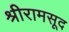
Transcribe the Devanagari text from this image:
श्रीरामसूद